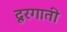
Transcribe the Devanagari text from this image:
दूरगाती